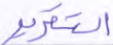
التقرير